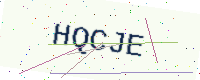
Text: HQCJE